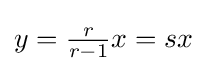
y={\tfrac {r}{r-1}}x=sx